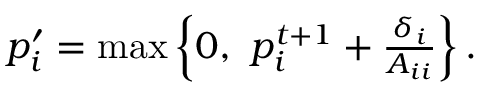
\begin{array} { r } { p _ { i } ^ { \prime } = \operatorname* { m a x } \left\{ 0 , \ p _ { i } ^ { t + 1 } + \frac { \delta _ { i } } { A _ { i i } } \right\} . } \end{array}